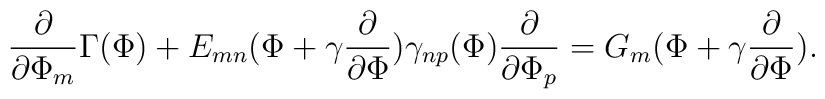
\frac{\partial}{\partial \Phi_{m}} \Gamma(\Phi) + E_{mn}(\Phi+\gamma \frac{\partial}{\partial \Phi}) \gamma_{np}(\Phi) \frac{\partial}{\partial \Phi_{p}} = G_{m}(\Phi+\gamma\frac{\partial}{\partial \Phi}).